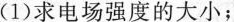
(1)求电场强度的大小；